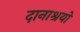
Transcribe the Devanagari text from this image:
दानाश्रयों